Rapla_vallavalitsus, lk 42
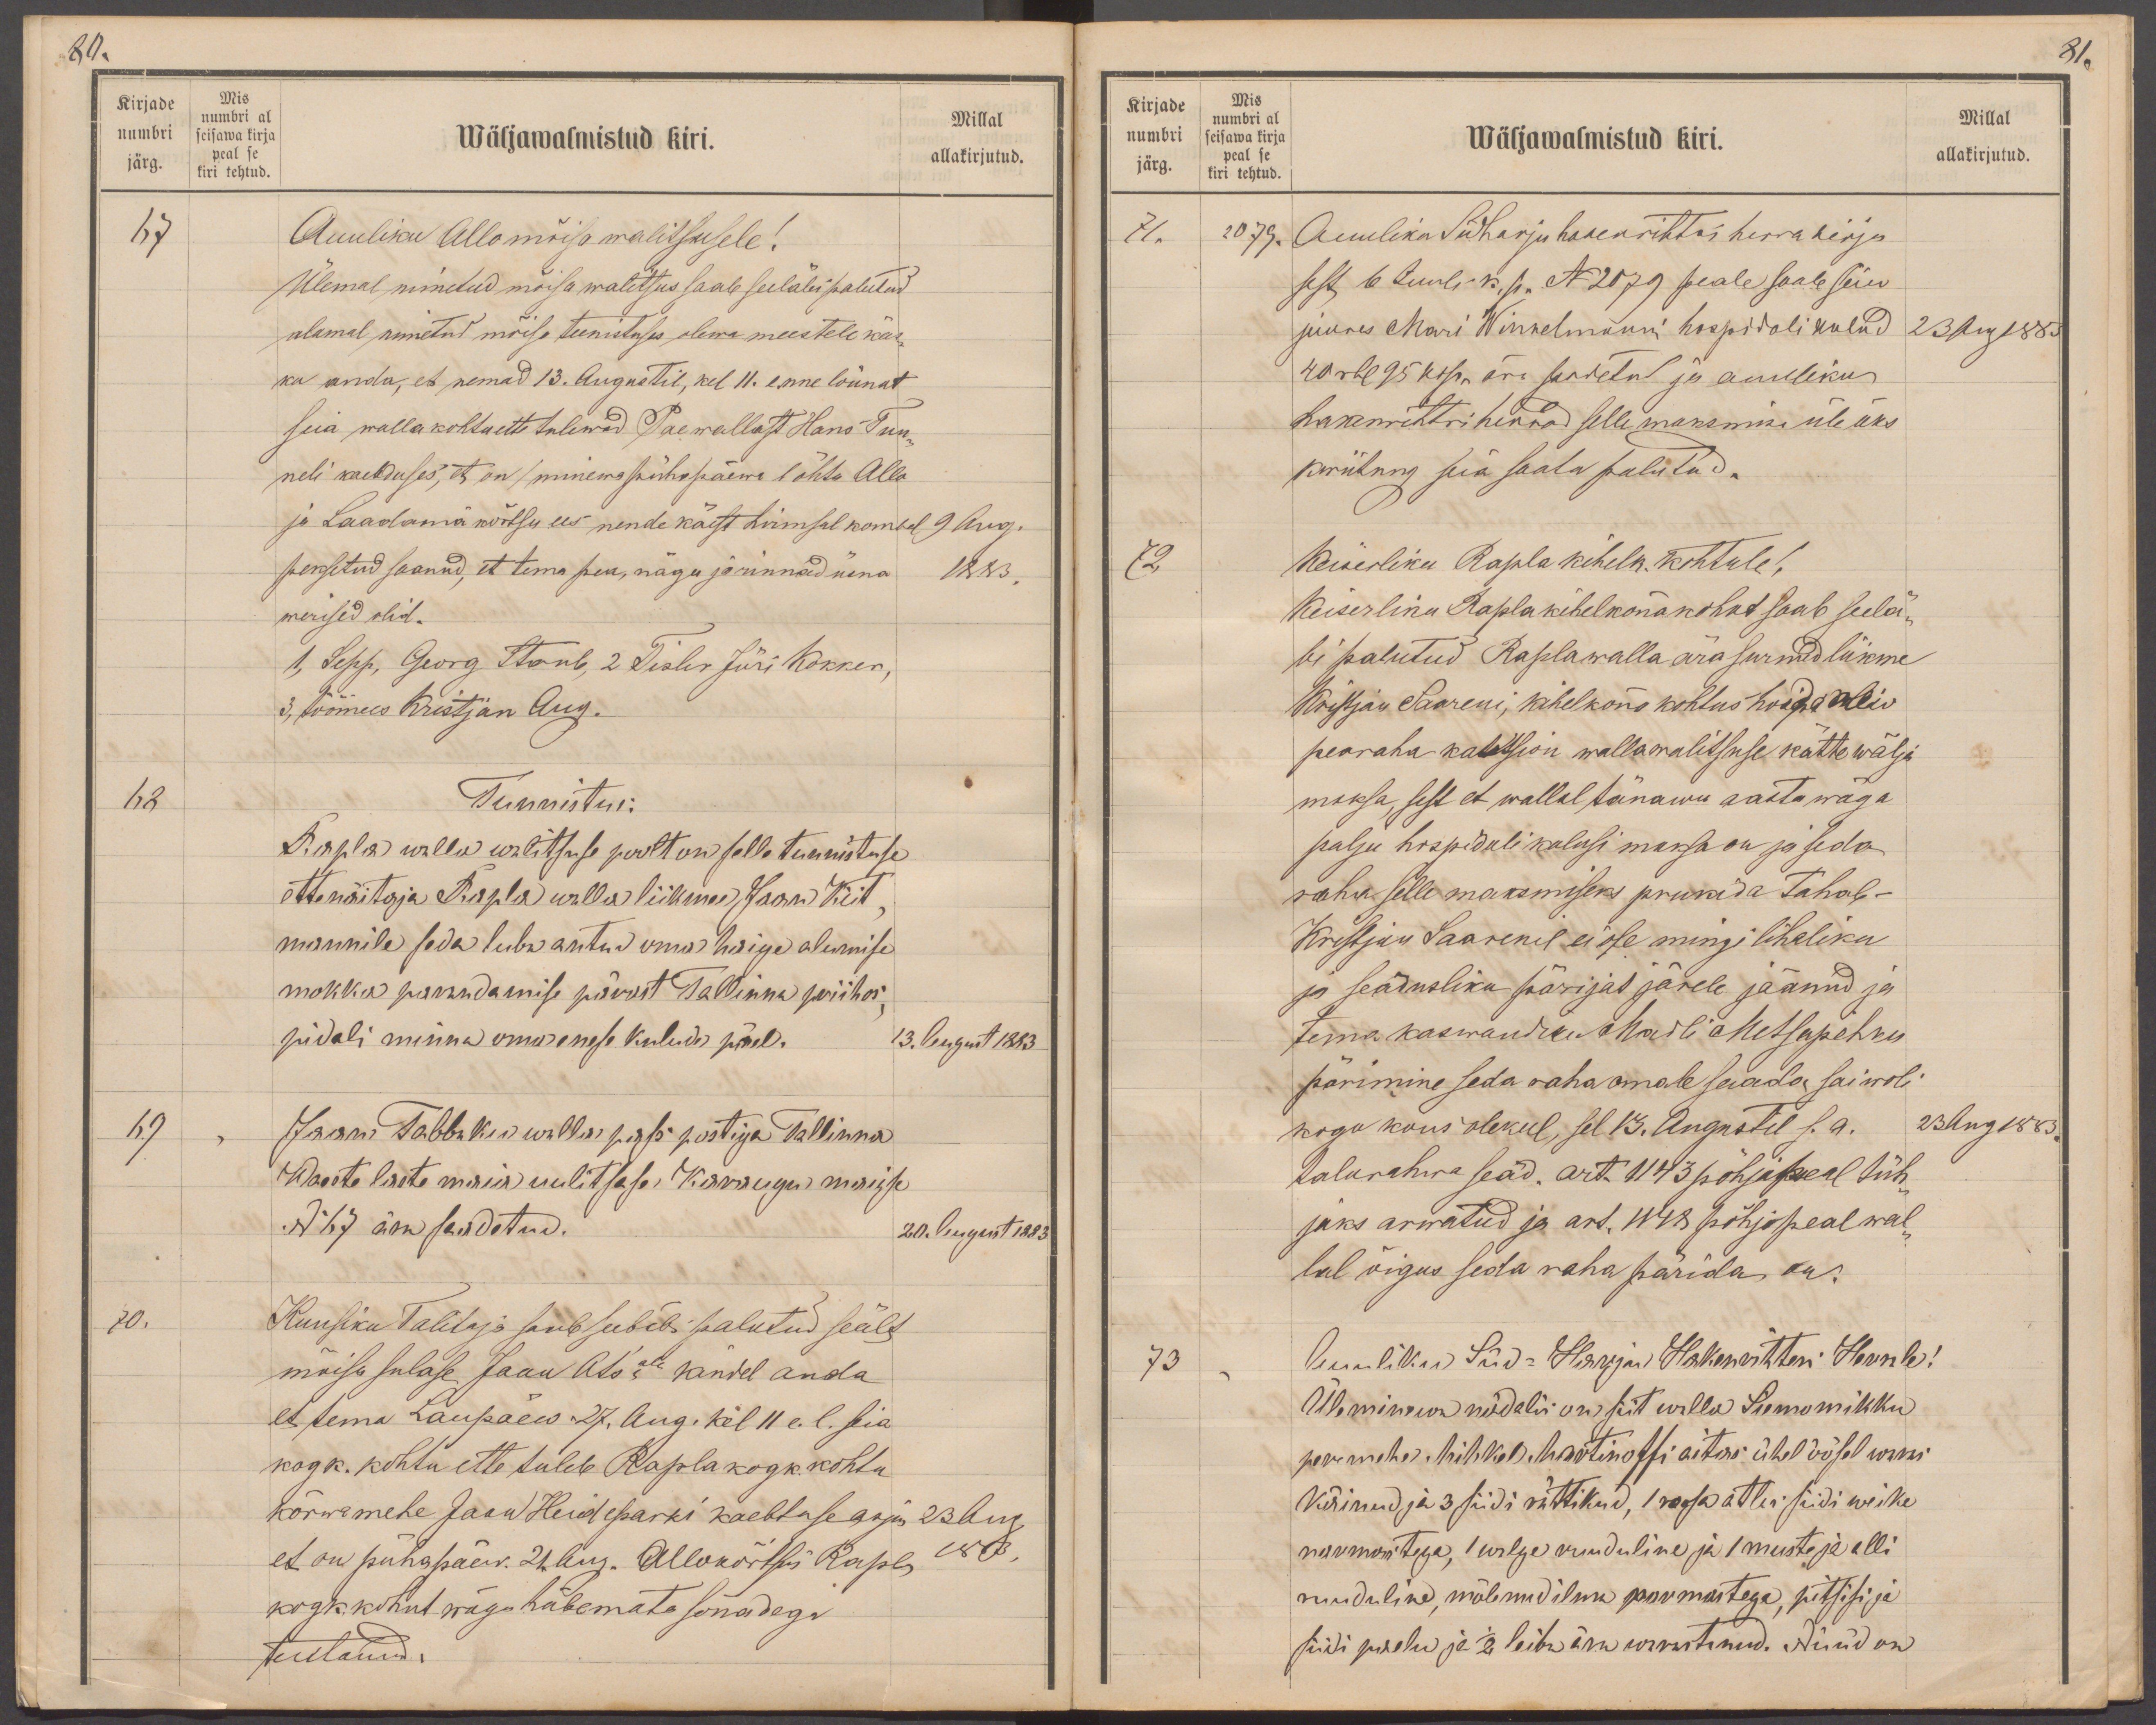
80.
Kirjade
Mis
numbri
numbri al
seisawa kirja
Wäljawalmistud kiri.
Millal
järg.
peal se
kiri tehtud.
allakirjutud.
67
Auuliku Allo mõisa walitsusele!
Ülemal nimetud mõisa walitsus saab seeläbi palutud
alamal nimetud mõisa teenistuses olewa meestele käs-
ku anda, et nemad 13. Augustil, kel 11. enne lõunat
siia walla kohtu ette tulewad Pae wallast Hans Tun-
neli kaebduses, et on minewa pühapäewal õhtu Allo
ja Laadamä kõrtsu ees nende käest hirmsal kombel
9 Aug.
peksetud saanud, et tema pea, nägu ja rinnad üsna
1883
werised olid.
1, Sepp, Georg Staub, 2 Tisler Jüri Kokker,
3, töömees Kristjan Aug.
68
Tunnistus:
Rapla walla walitsuse poolt on selle tunnistuse
ette näitaja Rapla walla liikmed Jaan Kiit-
mannile seda luba antud oma haige alumise
mokka parandamise pärrast Tallinna priihos
pidali minna omanese kulude päel.
13. August 1883.
69
Jaan Tabbaku walla passi postiga Tallinna
Waeste laste maia uulitsase Karaaugu maiase
No 67 ära saadetud.
20. August 1883
70.
Kuusiku Talitaja saab seebäbi palutud seält
mõisa sulase Jaan Ats'ale kindel anda
et tema Laupäew 27. Aug. kel 11 e. l. seia
kogk. kohtu ette tuleb Rapla kogk. kohtu
kõrwamehe Jaan Heideparki kaebtuse asjus
23 Aug.
et on pühapäew 21. Aug. Allokõrtsis Raplas
1883
kogk.kohut wäga häbemata sõnadega
teutanud.

81.
Kirjade
Mis
numbri
Millal
numbri al
seisawa kirja
Wäljawalmistud kiri.
järg.
peal se
kiri tehtud
allakirjutud.
71.
2079.
Auuliku Südharju hakenrihteri herra kirja
sest 6 Juuli k. p. No 2079 peale saab siin
juures Mari Winkelmanni hospidali kulud
23 Aug 1883.
40 rbl. 95 kop. ära saadetud ja auulliku
hakenrihteri herrad selle maksmise üle üks
kwiitung siia saata palutud.
72.
Keiserliku Rapla kihelk. kohtule,
Keiserliku Rapla kihelkonnakohut saab seelä-
bi palutud Raplawalla ära surnud liikme
Kristjan Saareni, kihelkonna kohtus hoida ollis
pearaha kautsion wallamalitsuse kätte wälja
maksa, sest et wallal tänawu aasta wäga
palju hospidali kulusi maksa on ja seda
raha selle maksmiseks prukida tahab-
Kristjan Saarenil ei ole mingi lihaliku
ja seadusliku pärijat järele jäänud ja
tema kaswandiku Madli Metsapehku
pärimine seda raha omale saada sai woli
kogu koosolekul, sel 13. Augustil s.a.
23 Aug 1883.
talurahwa seäd. art. 1143 põhjapeal tüh-
jaks arwatud ja art. 1148 põhjapeal wal-
lal õigus seda raha pärida on.
73
Auuliku Süd-Harju Hakenrihteri Herrale!
Üleminewa nädalis on siit walla Siemomikku
peremehe Mihkel Martinoffi aitas ühel öösel waras
käinud ja 3 siidi rättikud, 1 roosa atlas siidi weike
narmastega, 1 walge ruuduline ja 1 musta ja alli
ruuduline, mõlemid ilma narmastega, pitsisi ja
siidi paelu ja ja 1/2 leiba ära warastanud. Nüüd on